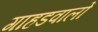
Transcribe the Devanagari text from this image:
गाहडवालों